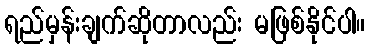
ရည်မှန်းချက်ဆိုတာလည်း မဖြစ်နိုင်ပါ။